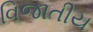
વિજાતીય